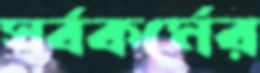
সর্বকর্মের